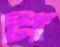
টাঁ